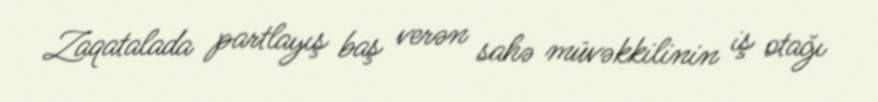
Zaqatalada partlayış baş verən sahə müvəkkilinin iş otağı